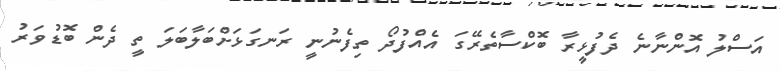
އަސްލު އޮންނާނެ ދެފުޅީރާ ބޮކްސާތެރޭގަ އެއްފުދޯ ތިފެނުނީ ރަނގަޅަށްބަލާބަލަ ތީ ދެން ބޮޑުވަރު